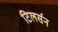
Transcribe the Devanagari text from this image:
टिलर्सन